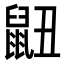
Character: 𮮬